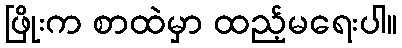
ဖြိုးက စာထဲမှာ ထည့်မရေးပါ။